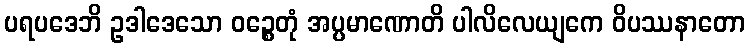
ပရပဒေဘိ ဥဒါဒေသော ဝဉ္စေတုံ အပ္ပမာဏောတိ ပါလိလေယျကေ ဝိပဿနာတော